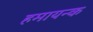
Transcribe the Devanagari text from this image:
हमायन्क